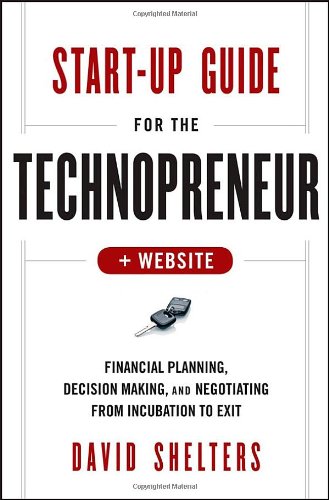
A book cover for Start-Up Guide for the Technopreneur, + Website: Financial Planning, Decision Making and Negotiating from Incubation to Exit; David Shelters; Computers & Technology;